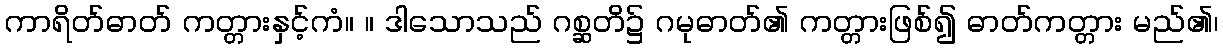
ကာရိတ်ဓာတ် ကတ္တားနှင့်ကံ။ ။ ဒါသောသည် ဂစ္ဆတိ၌ ဂမုဓာတ်၏ ကတ္တားဖြစ်၍ ဓာတ်ကတ္တား မည်၏၊